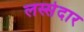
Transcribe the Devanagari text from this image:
लस्सेदार